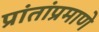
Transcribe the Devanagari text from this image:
प्रांतांप्रमाणे